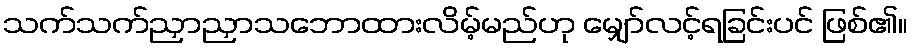
သက်သက်ညှာညှာသဘောထားလိမ့်မည်ဟု မျှော်လင့်ရခြင်းပင် ဖြစ်၏။